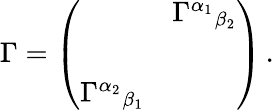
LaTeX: \Gamma=\left(\begin{array}{cc}{{}}&{{\Gamma^{\alpha_{1}}{}_{\beta_{2}}}}\\ {{}}&{{}}\\ {{\Gamma^{\alpha_{2}}{}_{\beta_{1}}}}&{{}}\end{array}\right)\, .